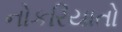
નોકરિયાતો